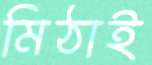
মিঠাই